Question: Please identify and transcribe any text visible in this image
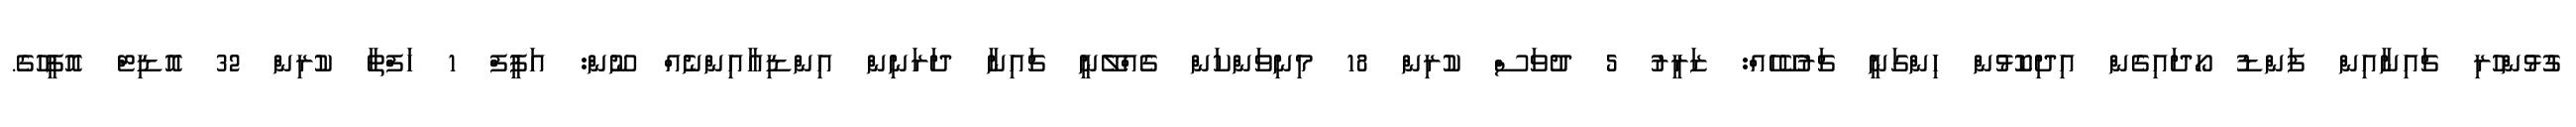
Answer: ގުޅުންހުރި ޗައިނާއިން ފަންޑު ހޯދައިގެން އިދިކޮޅުން ހިންގަނީ ޗަރުކޭހެއް: ޒަރީރު 5 ދުވަސް ކުރިން 18 މިނިވަންކަން ގެއްލޭނީ ޗައިނާ ދަރަނިން އިންޑިއާއިންނެއް ނޫން: އަފީފް 1 ހަފްތާ ކުރިން 32 އޮޑިޓް އޮފީހުގެ.